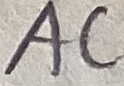
Text: AC